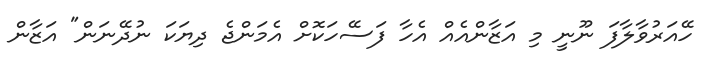
ހޭއަރުވާލާފަ ނޫނީ މި އަޒާންއެއް އެހާ ފަސޭހަކޮށް އެމަންޖެ ދިޔަކަ ނުދޭނަން" އަޒާން